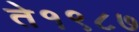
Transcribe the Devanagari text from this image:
ते१९८७